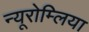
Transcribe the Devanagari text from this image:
न्यूरोम्लिया